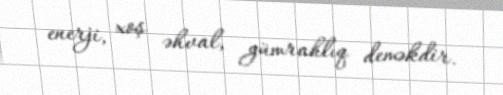
enerji, xoş əhval, gümrahlıq deməkdir.